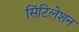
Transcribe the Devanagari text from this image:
सिंटिलेशन